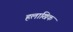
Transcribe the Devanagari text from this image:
हलाखिक